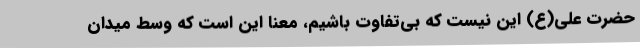
حضرت علی(ع) این نیست که بی‌تفاوت باشیم، معنا این است که وسط میدان